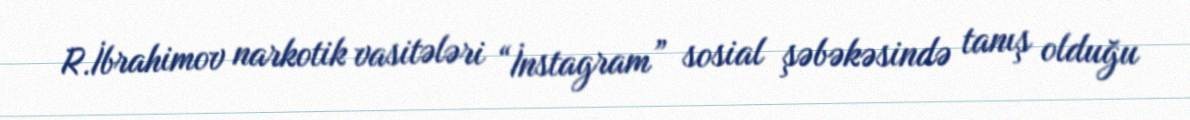
R.İbrahimov narkotik vasitələri “İnstagram” sosial şəbəkəsində tanış olduğu